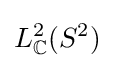
L_{\mathbb {C} }^{2}(S^{2})